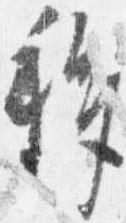
移